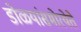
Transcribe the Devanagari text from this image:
डोळ्यांसमोरयेते